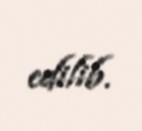
edilib.